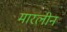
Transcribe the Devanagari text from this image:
मारलीन